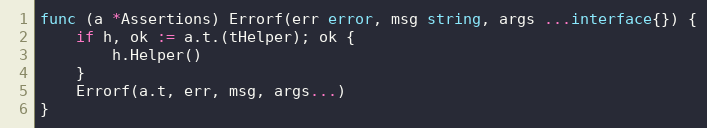
Language: Go
func (a *Assertions) Errorf(err error, msg string, args ...interface{}) {
	if h, ok := a.t.(tHelper); ok {
		h.Helper()
	}
	Errorf(a.t, err, msg, args...)
}